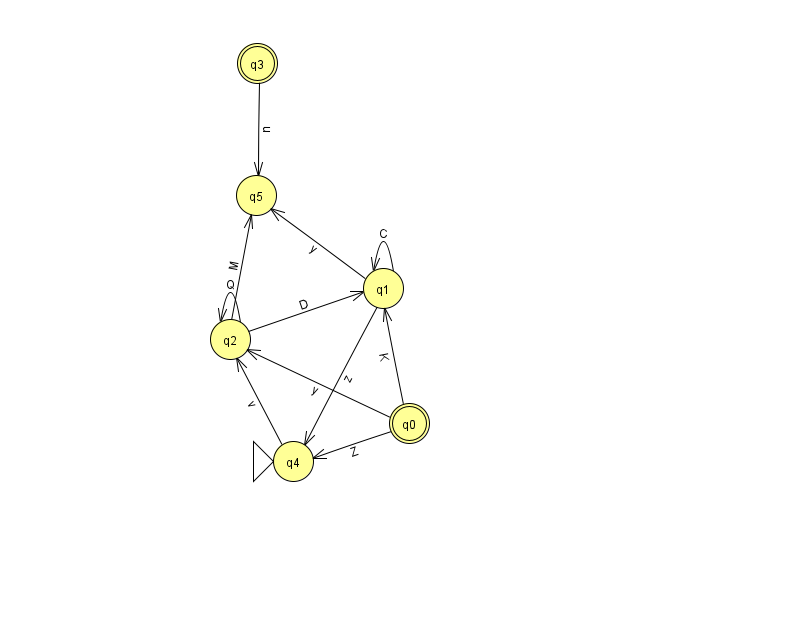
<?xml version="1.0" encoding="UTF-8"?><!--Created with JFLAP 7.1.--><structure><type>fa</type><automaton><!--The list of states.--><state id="0" name="q0"><x>409.0</x><y>410.0</y><final/></state><state id="1" name="q1"><x>383.0</x><y>275.0</y></state><state id="2" name="q2"><x>230.0</x><y>326.0</y></state><state id="3" name="q3"><x>257.0</x><y>50.0</y><final/></state><state id="4" name="q4"><x>293.0</x><y>448.0</y><initial/></state><state id="5" name="q5"><x>256.0</x><y>182.0</y></state><!--The list of transitions.--><transition><from>4</from><to>2</to><read>v</read></transition><transition><from>2</from><to>2</to><read>Q</read></transition><transition><from>2</from><to>1</to><read>D</read></transition><transition><from>1</from><to>1</to><read>C</read></transition><transition><from>2</from><to>5</to><read>M</read></transition><transition><from>1</from><to>5</to><read>y</read></transition><transition><from>0</from><to>1</to><read>K</read></transition><transition><from>1</from><to>4</to><read>z</read></transition><transition><from>0</from><to>4</to><read>Z</read></transition><transition><from>3</from><to>5</to><read>n</read></transition><transition><from>0</from><to>2</to><read>y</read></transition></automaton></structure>